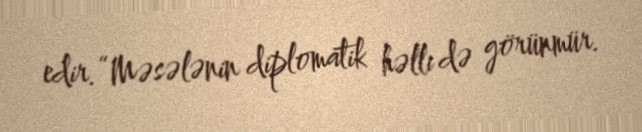
edir.“Məsələnin diplomatik həlli də görünmür.